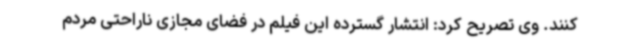
کنند. وی تصریح کرد: انتشار گسترده این فیلم در فضای مجازی ناراحتی مردم